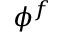
\phi ^ { f }